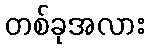
တစ်ခုအလား